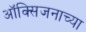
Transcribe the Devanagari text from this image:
ऑक्सिजनाच्या